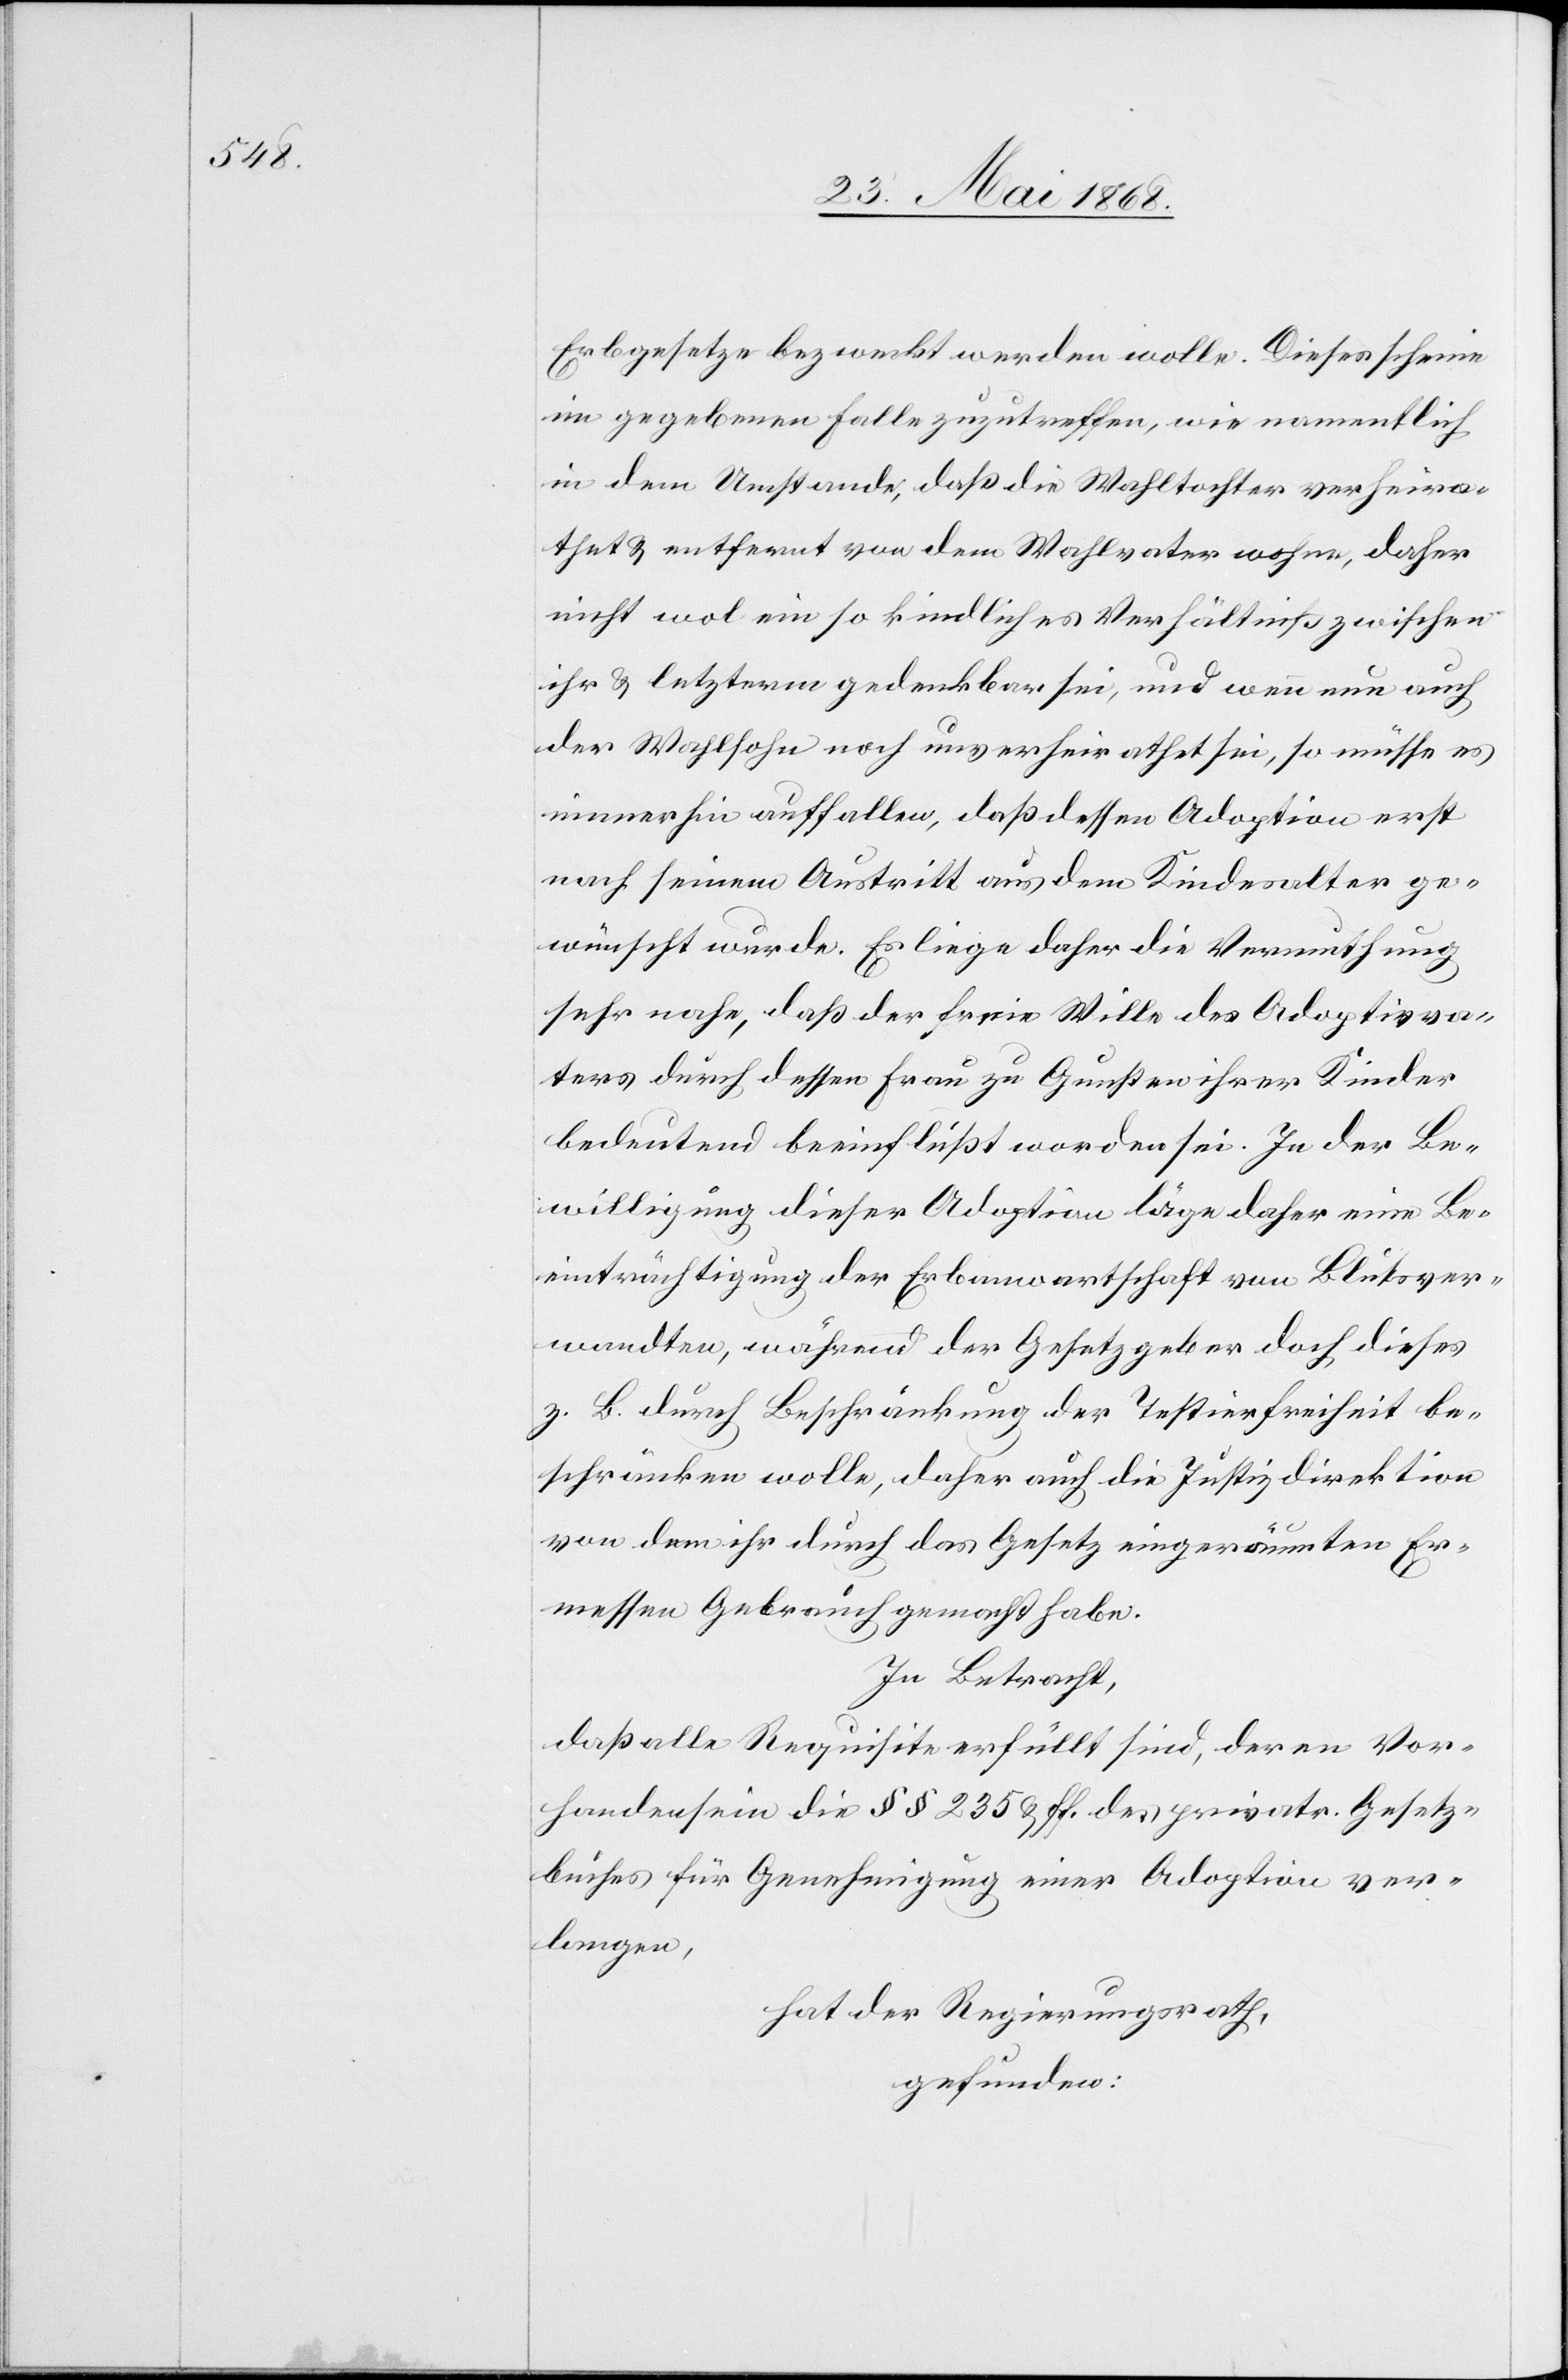
Erbgesetze bezweckt werden wolle. Dieses scheine
im gegebenen Falle zuzutreffen, wie namentlich
in dem Umstande, daß die Wahltochter verheira¬
thet & entfernt von dem Wahlvater wohne, daher
nicht wol ein so kindliches Verhältniß zwischen
ihr & letzterm gedenkbar sei, und wenn nun auch
der Wahlsohn noch unverheirathet sei, so müsse es
immerhin auffallen, daß dessen Adoption erst
nach seinem Austritt aus dem Kindesalter ge¬
wünscht wurde. Es liege daher die Vermuthung
sehr nahe, daß der freie Wille des Adoptivva¬
ters durch dessen Frau zu Gunsten ihrer Kinder
bedeutend beeinflußt worden sei. In der Be¬
willigung dieser Adoption läge daher eine Be¬
einträchtigung der Erbanwartschaft von Blutsver¬
wandten, während der Gesetzgeber doch dieses
z. B. durch Beschränkung der Testierfreiheit be¬
schränken wolle, daher auch die Justizdirektion
von dem ihr durch das Gesetz eingeräumten Er¬
messen Gebrauch gemacht habe.
In Betracht,
daß alle Requisite erfüllt sind, deren Vor¬
handensein die §§ 235 & ff. des privatr. Gesetz¬
buches für Genehmigung einer Adoption ver¬
langen,
hat der Regierungsrath,
gefunden: